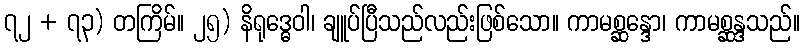
၇၂ + ၇၃) တကြိမ်။ ၂၅) နိရုဒ္ဓေဝါ၊ ချူပ်ပြီသည်လည်းဖြစ်သော။ ကာမစ္ဆန္ဒော၊ ကာမစ္ဆန္ဒသည်။